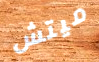
ميتش